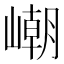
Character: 𡼼